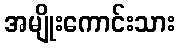
အမျိုးကောင်းသား